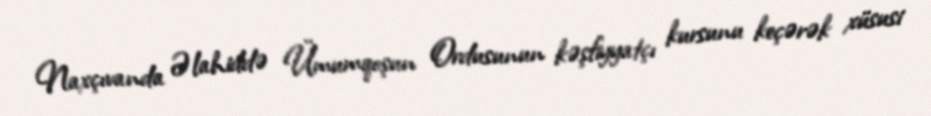
Naxçıvanda Əlahiddə Ümumqoşun Ordusunun kəşfiyyatçı kursunu keçərək xüsusi